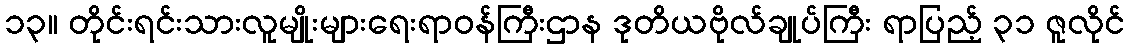
၁၃။ တိုင်းရင်းသားလူမျိုးများရေးရာဝန်ကြီးဌာန ဒုတိယဗိုလ်ချုပ်ကြီး ရာပြည့် ၃၁ ဇူလိုင်